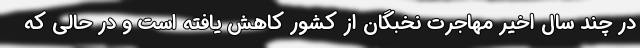
در چند سال اخیر مهاجرت نخبگان از کشور کاهش یافته است و در حالی که